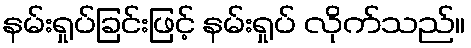
နမ်းရှုပ်ခြင်းဖြင့် နမ်းရှုပ် လိုက်သည်။